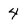
Character: 4